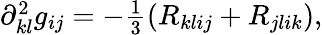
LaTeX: \begin{array}{r}{\partial_{kl}^{2}g_{ij}=-\frac{1}{3}\left(R_{klij}+R_{jlik}\right),}\end{array}